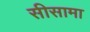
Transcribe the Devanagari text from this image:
सीसामा